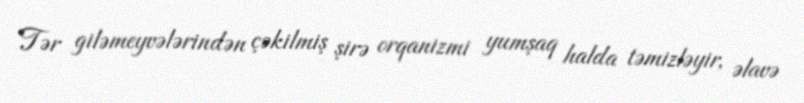
Tər giləmeyvələrindən çəkilmiş şirə orqanizmi yumşaq halda təmizləyir, əlavə